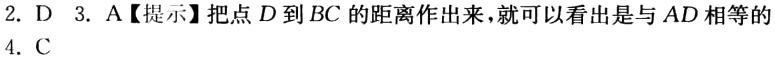
2. D 3. A【提示】把点 \(D\) 到 \(BC\) 的距离作出来，就可以看出是与 \(AD\) 相等的
4. C